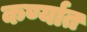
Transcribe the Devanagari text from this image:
कर्ण्यात